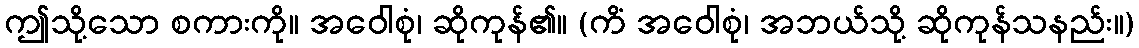
ဤသို့သော စကားကို။ အဝေါစုံ၊ ဆိုကုန်၏။ (ကိံ အဝေါစုံ၊ အဘယ်သို့ ဆိုကုန်သနည်း။)